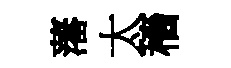
藩太穡